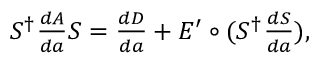
\begin{array} { r } { S ^ { \dagger } \frac { d A } { d a } S = \frac { d D } { d a } + E ^ { \prime } \circ ( S ^ { \dagger } \frac { d S } { d a } ) , } \end{array}